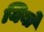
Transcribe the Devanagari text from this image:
यिबो